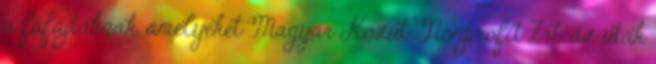
a fafajtáknak, amelyeket Magyar Közút Nonprofit Zrt. az utak